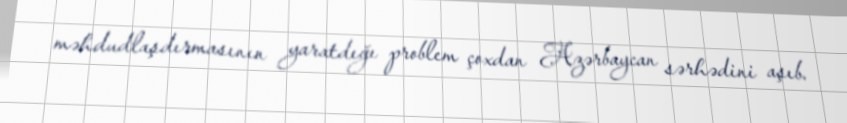
məhdudlaşdırmasının yaratdığı problem çoxdan Azərbaycan sərhədini aşıb.